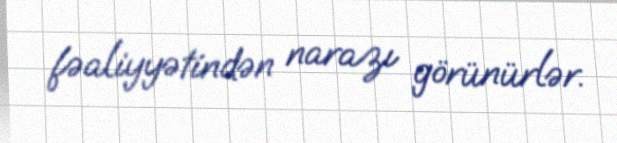
fəaliyyətindən narazı görünürlər.